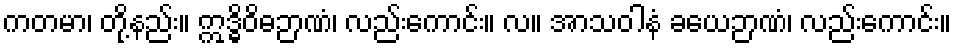
ကတမာ၊ တို့နည်း။ ဣဒ္ဓိဝိဓဉာဏံ၊ လည်းကောင်း။ လ။ အာသဝါနံ ခယေဉာဏံ၊ လည်းကောင်း။